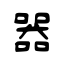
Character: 器